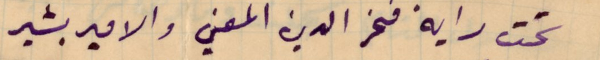
تحت راية فخر الدين المعني والامير بشير